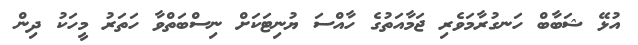
އުޅޭ ޝަބާބް ހަނގުރާމަވެރި ޖަމާއަތުގެ ހާއްސަ ޔުނިޓަކަށް ނިސްބަތްވާ ހަތަރު މީހަކު ދިން